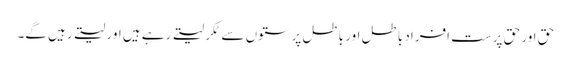
حق اور حق پرست افراد باطل اور باطل پرستوں سے ٹکر لیتے رہے ہیں اور لیتے رہیں گے۔